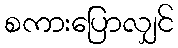
စကားပြောလျှင်